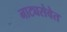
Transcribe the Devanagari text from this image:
नाट्यसेवेत